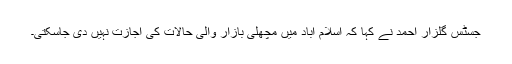
جسٹس گلزار احمد نے کہا کہ اسلام آباد میں مچھلی بازار والی حالات کی اجازت نہیں دی جاسکتی۔